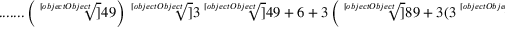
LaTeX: { \mathrm { . . . . . . . } } \left( { \sqrt [ [object Object] ] { 4 9 } } \right) { \sqrt [ [object Object] ] { 3 { \sqrt [ [object Object] ] { 4 9 } } + 6 + 3 \left( { \sqrt [ [object Object] ] { 8 9 + 3 ( 3 { \sqrt [ [object Object] ] { 4 9 } } + 5 { \sqrt [ [object Object] ] { 7 } } ) } } + { \sqrt [ [object Object] ] { 2 5 + 3 ( 3 { \sqrt [ [object Object] ] { 4 9 } } + 5 { \sqrt [ [object Object] ] { 7 } } ) } } \right) } }